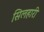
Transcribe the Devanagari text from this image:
सिलहारी